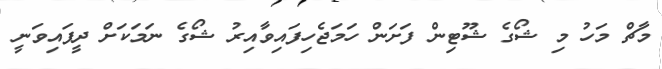
މާޗް މަހު މި ޝޯގެ ޝޫޓިން ފަށަން ހަމަޖެހިފައިވާއިރު ޝޯގެ ނަމަކަށް ދީފައިވަނީ